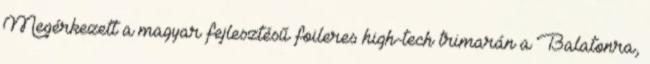
Megérkezett a magyar fejlesztésű foileres high-tech trimarán a Balatonra,